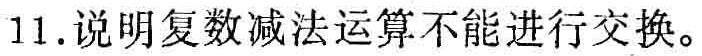
11. 说明复数减法运算不能进行交换。